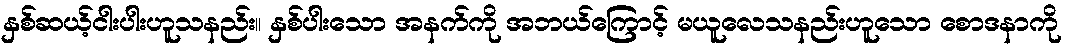
နှစ်ဆယ့်ငါးပါးဟူသနည်း။ နှစ်ပါးသော အနက်ကို အဘယ်ကြောင့် မယူလေသနည်းဟူသော စောဒနာကို